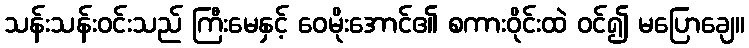
သန်းသန်းဝင်းသည် ကြီးမေနှင့် ဝေမိုးအောင်၏ စကားဝိုင်းထဲ ဝင်၍ မပြောချေ။